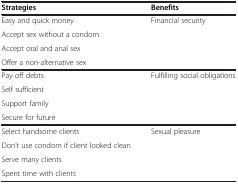
<table><thead><tr><td><b>Strategies</b></td><td><b>Benefits</b></td></tr></thead><tbody><tr><td>Easy and quick money</td><td rowspan="4">Financial security</td></tr><tr><td>Accept sex without a condom</td></tr><tr><td>Accept oral and anal sex</td></tr><tr><td>Offer a non-alternative sex</td></tr><tr><td>Pay off debts</td><td rowspan="4">Fulfilling social obligations</td></tr><tr><td>Self sufficient</td></tr><tr><td>Support family</td></tr><tr><td>Secure for future</td></tr><tr><td>Select handsome clients</td><td rowspan="4">Sexual pleasure</td></tr><tr><td>Don’t use condom if client looked clean</td></tr><tr><td>Serve many clients</td></tr><tr><td>Spent time with clients</td></tr></tbody></table>